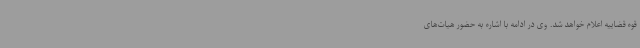
قوه قضاییه اعلام خواهد شد. وی در ادامه با اشاره به حضور هیات‌های